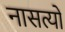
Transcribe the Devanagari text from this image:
नासत्यों